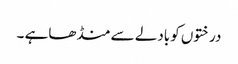
درختوں کوبادلے سے منڈھاہے ۔